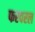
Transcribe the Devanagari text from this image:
फरवरल